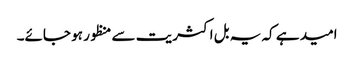
امید ہے کہ یہ بل اکثریت سے منظور ہو جائے۔